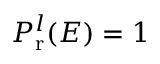
P _ { \mathrm { r } } ^ { l } ( E ) = 1